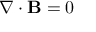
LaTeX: \begin{array} { r } { \nabla \cdot \mathbf { B } = 0 } \end{array}